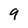
Character: 9